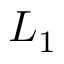
L _ { 1 }